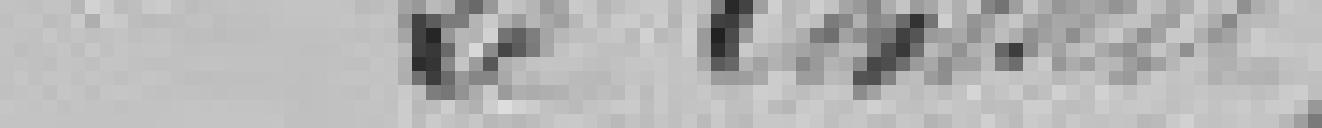
Le conseil